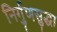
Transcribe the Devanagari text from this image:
निर्गुणसुद्धा